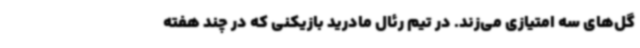
گل‌های سه امتیازی می‌زند. در تیم رئال مادرید بازیکنی که در چند هفته